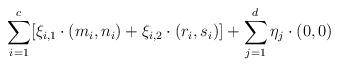
LaTeX: \begin{align*}\sum_{i=1}^c [\xi_{i,1} \cdot (m_i,n_i) + \xi_{i,2} \cdot (r_i,s_i)] + \sum_{j=1}^d \eta_j \cdot (0,0)\end{align*}